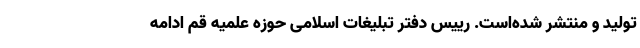
تولید و منتشر شده‌است. رییس دفتر تبلیغات اسلامی حوزه علمیه قم ادامه